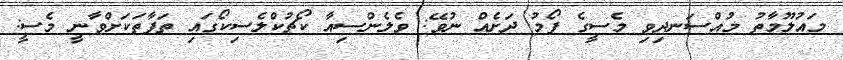
މައުލޫމާތު މުއްސަނދިވި މެސީގެ ފޯމު ދަށެއް ނުވޭ: ވެލެންސިއާ ކޯޗުކްލެސިކޯގައި ތަފާތަކަށްވާނީ މެސީ: